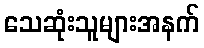
သေဆုံးသူများအနက်